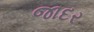
જાદર